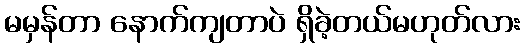
မမှန်တာ နောက်ကျတာပဲ ရှိခဲ့တယ်မဟုတ်လား